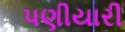
પણીયારી